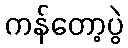
ကန်တော့ပွဲ